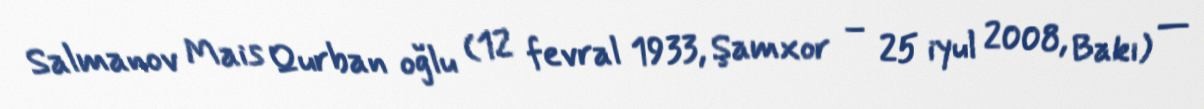
Salmanov Mais Qurban oğlu (12 fevral 1933, Şamxor – 25 iyul 2008, Bakı) —